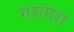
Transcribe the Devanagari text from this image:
गरागरा